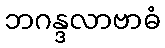
ဘဂန္ဒလာဗာဓံ